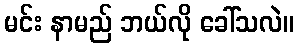
မင်း နာမည် ဘယ်လို ခေါ်သလဲ။